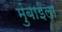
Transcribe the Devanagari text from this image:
मुंबाईला